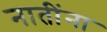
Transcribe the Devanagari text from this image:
नातींना